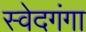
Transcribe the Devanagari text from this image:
स्वेदगंगा